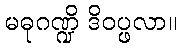
မဓုဂဏ္ဍိ ဒိဝပ္ဖလာ။